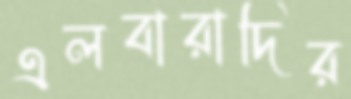
এলবারাদির